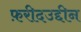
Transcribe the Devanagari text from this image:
फ़रीदउद्दीन